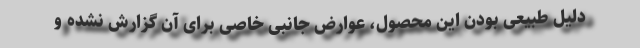
دلیل طبیعی بودن این محصول، عوارض جانبی خاصی برای آن گزارش نشده و